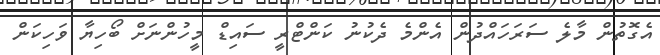
އެގޮތުން މާލެ ސަރަހައްދުން އެންމެ ދެކުނު ކަންޓްރީ ސައިޑް މީހުންނަށް ބޯހިޔާ ވަހިކަން